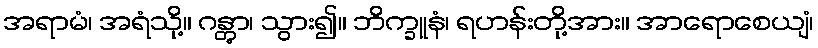
အရာမံ၊ အရံသို့။ ဂန္တွာ၊ သွား၍။ ဘိက္ခူနံ၊ ရဟန်းတို့အား။ အာရောစေယျံ၊